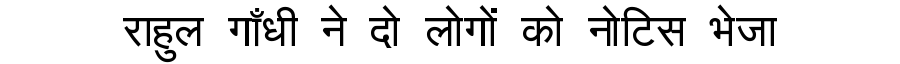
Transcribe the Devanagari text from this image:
राहुल गाँधी ने दो लोगों को नोटिस भेजा